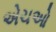
એચઓ